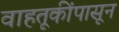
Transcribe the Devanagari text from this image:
वाहतूकींपासून